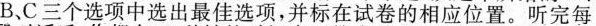
B、C三个选项中选出最佳选项，并标在试卷的相应位置。听完每